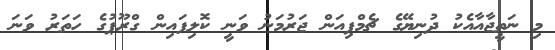
މި ނަތީޖާއާއެކު ދުނިޔޭގެ ޗެމްޕިއަން ޖަރުމަނު ވަނީ ކޮލިފައިން ގްރޫޕުގެ ހަތަރު ވަނަ